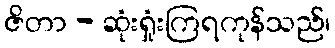
ဇိတာ - ဆုံးရှုံးကြရကုန်သည်၊